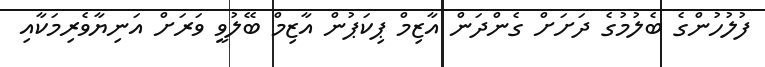
ފުލުހުންގެ ބެލުމުގެ ދަށަށް ގެންދަން އާޒިމް ޕިކަޕުން އާޒިމް ބޭލުވީ ވަރަށް އަނިޔާވެރިމަކާއި